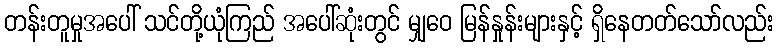
တန်းတူမှုအပေါ် သင်တို့ယုံကြည် အပေါ်ဆုံးတွင် မျှဝေ မြန်နှုန်းများနှင့် ရှိနေတတ်သော်လည်း